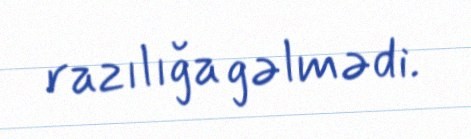
razılığa gəlmədi.